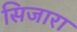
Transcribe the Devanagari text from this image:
सिजारा